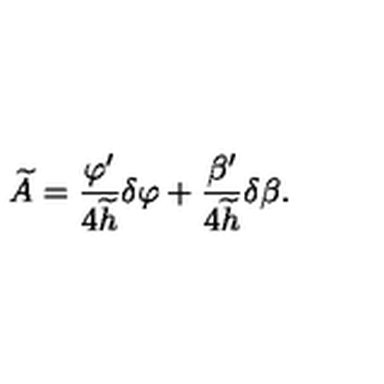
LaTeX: \widetilde { A } = { \frac { \varphi ^ { \prime } } { 4 \widetilde { h } } } \delta \varphi + { \frac { \beta ^ { \prime } } { 4 \widetilde { h } } } \delta \beta .